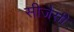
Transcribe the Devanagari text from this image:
सीजैसी